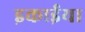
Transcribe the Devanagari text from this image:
इकाईया